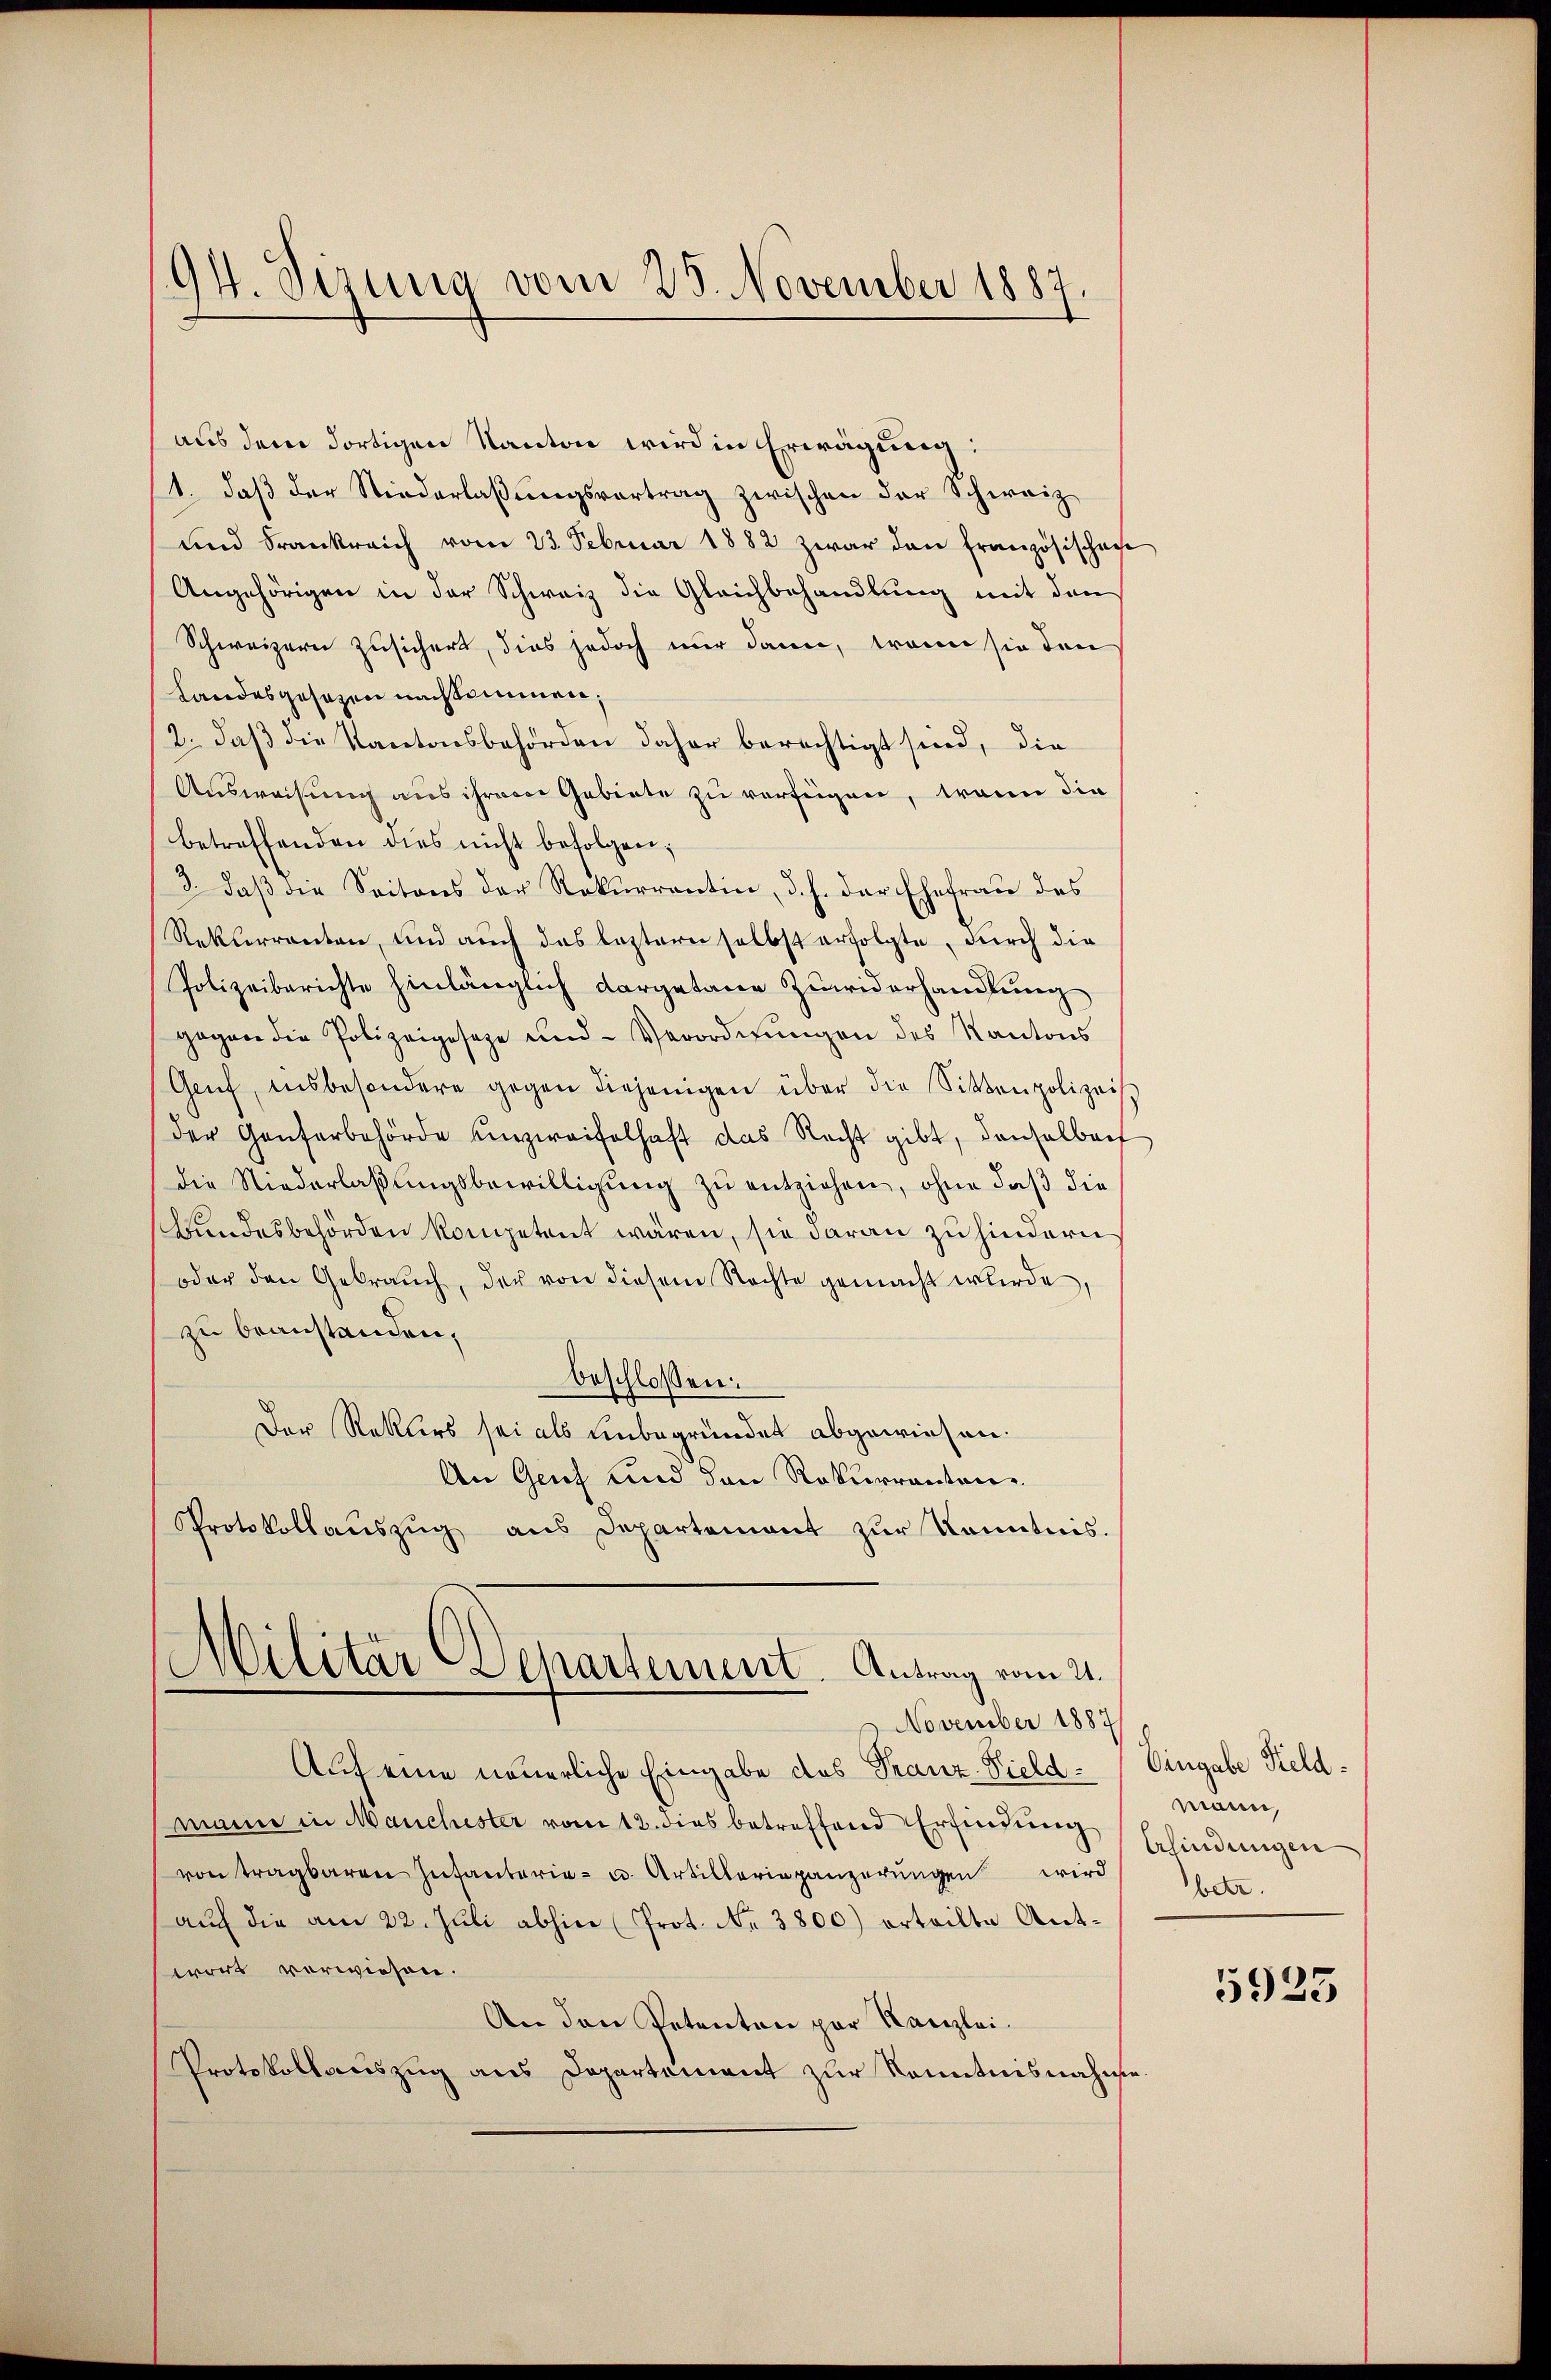
94. Sizung vom 25. November 1887.

aus dem dortigen Kanton wird in Erwägung:
1. daβ der Niederlaβŭngsvortrag zwischen der Schweiz
und Frankreich vom 23. Februar 1882 zwar den Französischen
Angehörigen in der Schweiz die Gleichbehandlung mit den
Schweizern zusichert, dies jedoch nur dann, trann sie den
Landesgesezen nachkommen;
2. daß die Kantonsbehörden daher berechtigt sind, die
Ausweisung aus ihrere Gebiete zu verfügen, wann die
betreffenden dies nicht befolgen;
3. daß die Seitens der Rekurrentin, d. h. der Ehefrau des
Rekurrenten, und auch das leztern selbst erfolgte, durch die
Polizeiberichte hinlänglich dargetane Zuwiderhandlung
gegen die Polizeigeseze und Verordnŭngen des Kantons
Geif, insbesondere gegen diejenigen über die Sittenpolizei
der Genferbehörde unzweifelhaft das Recht gibt, denselben
die Niederlaβŭngsbewilligŭng zu entziehen, ohne daß die
Grundesbehörden kompetent wären, sie daran zu hindern
oder den Gebrauch, der von diesem Nachte gemacht wurde,
zu beanstanden,
beschlossen:
Der Rektors sei als unbegründet abgewiesen.
An Genf und den Rekurrentaner
Protokollaŭszŭg aŭs Departement zŭr Kenntnis.
Militar Departement. Antrag vom 21.
 November 1887
Auf eine neuerliche Eingabe des Franz Vieldmann in Manchester vom 12. dies betreffend Erfindung
von tragbaren Infanterie- u. Artilleriepanzerŭngen wird
auch die am 22. Juli abhin (Prot. Nr. 3800) erteilte Antwirt verwiesen.
An den Petenten par Kanzlei.
Protokollauszug aus Departement zur Kenntnisnahme

e

Eingabe Keldmann,
Erfindungen
betr.

.

5923